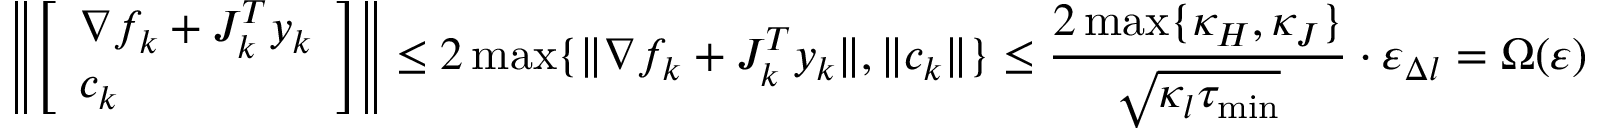
\left\| \left[ \begin{array} { l } { \nabla f _ { k } + J _ { k } ^ { T } y _ { k } } \\ { c _ { k } } \end{array} \right] \right\| \leq 2 \operatorname* { m a x } \{ \| \nabla f _ { k } + J _ { k } ^ { T } y _ { k } \| , \| c _ { k } \| \} \leq \frac { 2 \operatorname* { m a x } \{ \kappa _ { H } , \kappa _ { J } \} } { \sqrt { \kappa _ { l } \tau _ { \operatorname* { m i n } } } } \cdot \varepsilon _ { \Delta l } = \Omega ( \varepsilon )